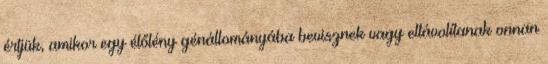
értjük, amikor egy élőlény génállományába bevisznek vagy eltávolítanak onnan